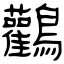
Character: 鸛